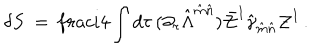
\delta S \ = \, \frac i 4 \int d \tau \, ( \partial _ { \tau } \hat { \Lambda } ^ { \hat { m } \hat { n } } ) \bar { \cal Z } ^ { I } \hat { \gamma } _ { \hat { m } \hat { n } } { \cal Z } ^ { I } \, .